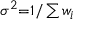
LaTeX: \scriptstyle \sigma ^ { 2 } = 1 / \sum w _ { i }